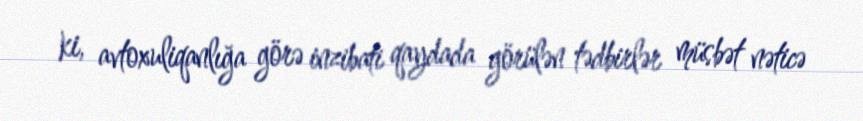
ki, avtoxuliqanlığa görə inzibati qaydada görülən tədbirlər müsbət nəticə